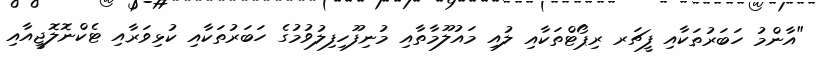
"އާންމު ހަބަރުތަކާއި ފީޗަރ ރިޕޯޓްތަކާއި ލުއި މައުލޫމާތާއި މުނިފޫހިފިލުވުމުގެ ހަބަރުތަކާއި ކުޅިވަރާއި ޓެކްނޮލޮޖީއާއި